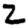
Digit: 2